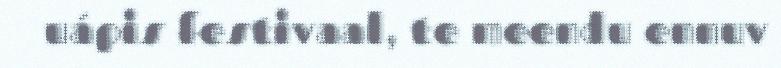
uápis festivaal, te meendu ennuv